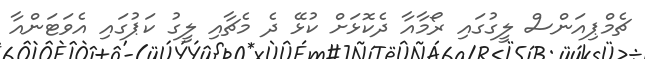
ޗެމްޕިއަންސް ލީގުގައި ރޯމާއާ ދެކޮޅަށް ކުޅޭ ދެ މެޗާއި ލީގު ކަޕުގައި އެވަޓަންއާ